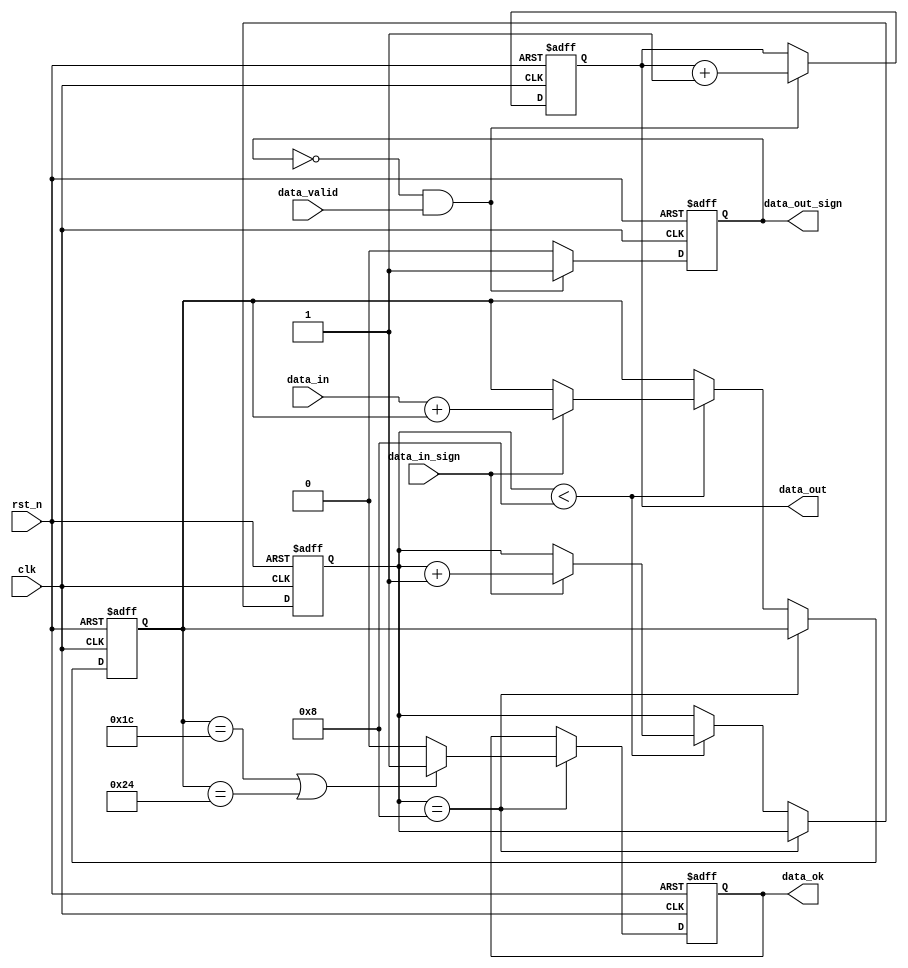
`timescale 1ns / 1ps
//////////////////////////////////////////////////////////////////////////////////
// Company: 
// Engineer: 
// 
// Design Name: 
// Module Name:    data_deal 
// Project Name: 
// Target Devices: 
// Tool versions: 
// Description: 
//
// Dependencies: 
//
// Revision: 
// Revision 0.01 - File Created
// Additional Comments: 
//
//////////////////////////////////////////////////////////////////////////////////
module data_deal(
	clk,
	rst_n,
	data_in,
	data_in_sign,
	
	data_out,
	data_out_sign,
	data_valid,
	data_ok
    );
	
	
	
	input 	clk;
	input 	rst_n;
	input 	[7:0]	data_in;
	input 	data_in_sign;
	
	output	[7:0]	data_out;
	output	data_out_sign;
	input 	data_valid;
	output	data_ok;
	
	
	
	reg		[7:0]	data_reg;
	reg		[3:0]	data_regnum;
	reg				data_ok;
	
	reg		[7:0]	data_out;
	reg				data_out_sign;

	always @(posedge  clk or negedge rst_n)begin
		if(!rst_n)begin
			data_reg <= 8'h0;
			data_regnum <= 4'h0;
			data_ok <= 1'h0;
		end	
		else if(data_regnum == 4'h8) begin
			data_ok <=  ((data_reg == 8'd28)||(data_reg == 8'd36)) ? 1'b1 : 1'b0;
		end
		else if(data_regnum < 4'h8)begin	
			data_regnum <= data_in_sign ? data_regnum + 1'b1 : data_regnum;
			data_reg <= data_in_sign ? (data_in + data_reg) : data_reg;
		end
		else
			data_regnum <= data_regnum ;
	end
	
	
	always @(posedge  clk or negedge rst_n)begin
		if(!rst_n)begin
			data_out_sign <= 1'b0;
			data_out <= 'h0;
		end
		else begin
			if(~data_out_sign & data_valid)		data_out_sign <= 1'b1;
			else 								data_out_sign <= 1'b0;
			data_out <= ~data_out_sign & data_valid ? data_out + 1'b1 : data_out;
		end
	end
	


endmodule